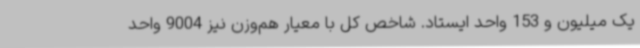
یک میلیون و 153 واحد ایستاد. شاخص کل با معیار هم‌وزن نیز 9004 واحد